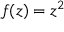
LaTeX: f ( z ) = z ^ { 2 }